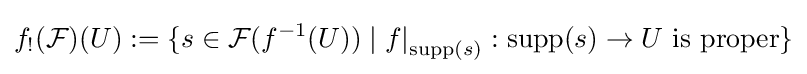
f_{!}({\mathcal {F}})(U):=\{s\in {\mathcal {F}}(f^{-1}(U))\mid {f\vert }_{\operatorname {supp} (s)}:\operatorname {supp} (s)\to U{\text{ is proper}}\}